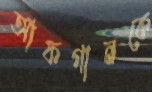
আফগানকে